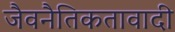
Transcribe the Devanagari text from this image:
जैवनैतिकतावादी